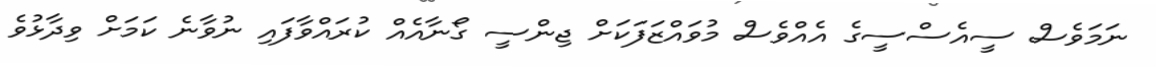
ނަމަވެސް ސީއެސްސީގެ އެއްވެސް މުވައްޒަފަކަށް ޖިންސީ ގޯނާއެއް ކުރައްވާފައި ނުވާނެ ކަމަށް ވިދާޅުވެ